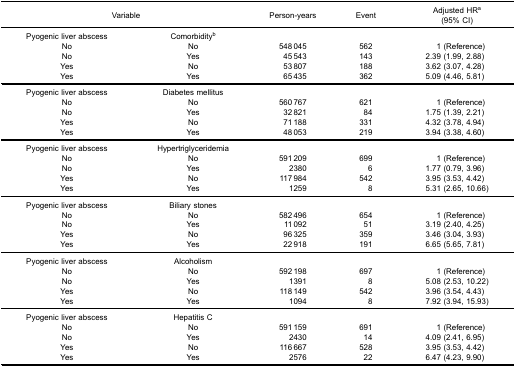
<table><thead><tr><td colspan="2"><b>Variable</b></td><td><b>Person-years</b></td><td><b>Event</b></td><td><b>Adjusted HR<sup>a</sup>(95% CI)</b></td></tr></thead><tbody><tr><td>Pyogenic liver abscess</td><td>Comorbidity<sup>b</sup></td><td> </td><td> </td><td> </td></tr><tr><td>No</td><td>No</td><td>548 045</td><td>562</td><td>1 (Reference)</td></tr><tr><td>No</td><td>Yes</td><td>45 543</td><td>143</td><td>2.39 (1.99, 2.88)</td></tr><tr><td>Yes</td><td>No</td><td>53 807</td><td>188</td><td>3.62 (3.07, 4.28)</td></tr><tr><td>Yes</td><td>Yes</td><td>65 435</td><td>362</td><td>5.09 (4.46, 5.81)</td></tr><tr><td>Pyogenic liver abscess</td><td>Diabetes mellitus</td><td> </td><td> </td><td> </td></tr><tr><td>No</td><td>No</td><td>560 767</td><td>621</td><td>1 (Reference)</td></tr><tr><td>No</td><td>Yes</td><td>32 821</td><td>84</td><td>1.75 (1.39, 2.21)</td></tr><tr><td>Yes</td><td>No</td><td>71 188</td><td>331</td><td>4.32 (3.78, 4.94)</td></tr><tr><td>Yes</td><td>Yes</td><td>48 053</td><td>219</td><td>3.94 (3.38, 4.60)</td></tr><tr><td>Pyogenic liver abscess</td><td>Hypertriglyceridemia</td><td> </td><td> </td><td> </td></tr><tr><td>No</td><td>No</td><td>591 209</td><td>699</td><td>1 (Reference)</td></tr><tr><td>No</td><td>Yes</td><td>2380</td><td>6</td><td>1.77 (0.79, 3.96)</td></tr><tr><td>Yes</td><td>No</td><td>117 984</td><td>542</td><td>3.95 (3.53, 4.42)</td></tr><tr><td>Yes</td><td>Yes</td><td>1259</td><td>8</td><td>5.31 (2.65, 10.66)</td></tr><tr><td>Pyogenic liver abscess</td><td>Biliary stones</td><td> </td><td> </td><td> </td></tr><tr><td>No</td><td>No</td><td>582 496</td><td>654</td><td>1 (Reference)</td></tr><tr><td>No</td><td>Yes</td><td>11 092</td><td>51</td><td>3.19 (2.40, 4.25)</td></tr><tr><td>Yes</td><td>No</td><td>96 325</td><td>359</td><td>3.46 (3.04, 3.93)</td></tr><tr><td>Yes</td><td>Yes</td><td>22 918</td><td>191</td><td>6.65 (5.65, 7.81)</td></tr><tr><td>Pyogenic liver abscess</td><td>Alcoholism</td><td> </td><td> </td><td> </td></tr><tr><td>No</td><td>No</td><td>592 198</td><td>697</td><td>1 (Reference)</td></tr><tr><td>No</td><td>Yes</td><td>1391</td><td>8</td><td>5.08 (2.53, 10.22)</td></tr><tr><td>Yes</td><td>No</td><td>118 149</td><td>542</td><td>3.96 (3.54, 4.43)</td></tr><tr><td>Yes</td><td>Yes</td><td>1094</td><td>8</td><td>7.92 (3.94, 15.93)</td></tr><tr><td>Pyogenic liver abscess</td><td>Hepatitis C</td><td> </td><td> </td><td> </td></tr><tr><td>No</td><td>No</td><td>591 159</td><td>691</td><td>1 (Reference)</td></tr><tr><td>No</td><td>Yes</td><td>2430</td><td>14</td><td>4.09 (2.41, 6.95)</td></tr><tr><td>Yes</td><td>No</td><td>116 667</td><td>528</td><td>3.95 (3.53, 4.42)</td></tr><tr><td>Yes</td><td>Yes</td><td>2576</td><td>22</td><td>6.47 (4.23, 9.90)</td></tr></tbody></table>